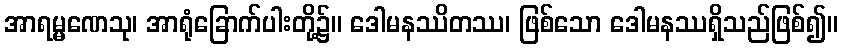
အာရမ္မဏေသု၊ အာရုံခြောက်ပါးတို့၌။ ဒေါမနဿိတဿ၊ ဖြစ်သော ဒေါမနဿရှိသည်ဖြစ်၍။